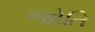
જોતિ